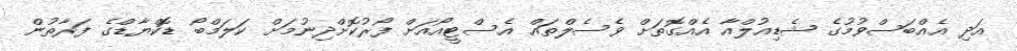
އަދި އެއްބަސްވުމުގެ ޝެޑިއުލްއާ އެއްގޮތަށް ވެސެލްތައް އެސްޓީއޯއަށް ފޯރުކޮށްދިނުމަށް ކަލަމްބޯ ޑޮކްޔާޑްގެ ފަރާތުން